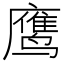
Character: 鹰